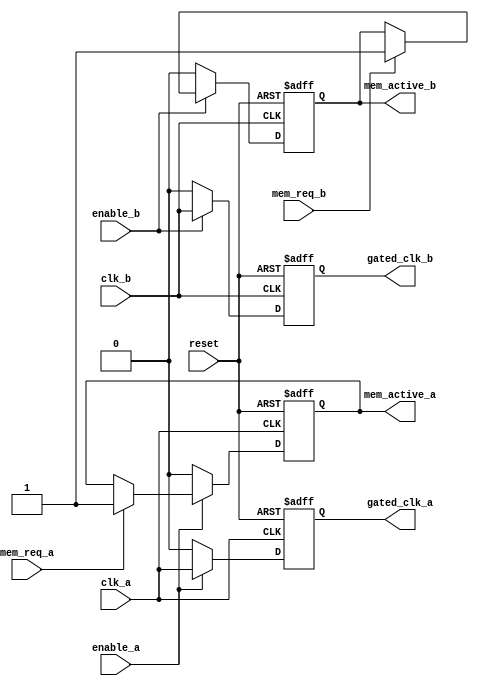
module MemoryBlockClockGating (
    input wire clk_a,           // Clock signal for domain A
    input wire clk_b,           // Clock signal for domain B
    input wire enable_a,        // Enable signal for memory block A
    input wire enable_b,        // Enable signal for memory block B
    input wire reset,           // Reset signal
    input wire mem_req_a,       // Memory request for block A
    input wire mem_req_b,       // Memory request for block B
    output reg mem_active_a,    // Active signal for memory block A
    output reg mem_active_b,    // Active signal for memory block B
    output reg gated_clk_a,     // Gated clock output for memory block A
    output reg gated_clk_b      // Gated clock output for memory block B
);

    // Gating Logic for Clock Domain A
    always @(posedge clk_a or posedge reset) begin
        if (reset) begin
            gated_clk_a <= 1'b0;
            mem_active_a <= 1'b0;
        end else if (enable_a) begin
            gated_clk_a <= clk_a; // Allow propagation of clock when enabled
            if (mem_req_a)
                mem_active_a <= 1'b1; // Mark memory block A as active
        end else begin
            gated_clk_a <= 1'b0; // Disable clock to memory block A
            mem_active_a <= 1'b0; // Mark memory block A as inactive
        end
    end

    // Gating Logic for Clock Domain B
    always @(posedge clk_b or posedge reset) begin
        if (reset) begin
            gated_clk_b <= 1'b0;
            mem_active_b <= 1'b0;
        end else if (enable_b) begin
            gated_clk_b <= clk_b; // Allow propagation of clock when enabled
            if (mem_req_b)
                mem_active_b <= 1'b1; // Mark memory block B as active
        end else begin
            gated_clk_b <= 1'b0; // Disable clock to memory block B
            mem_active_b <= 1'b0; // Mark memory block B as inactive
        end
    end

    // Synchronization Mechanism for control signals across domains (optional)
    reg sync_enable_a;
    reg sync_enable_b;

    always @(posedge clk_a or posedge reset) begin
        if (reset) begin
            sync_enable_a <= 1'b0;
        end else begin
            sync_enable_a <= enable_a; // Synchronize enable signal from domain B
        end
    end

    always @(posedge clk_b or posedge reset) begin
        if (reset) begin
            sync_enable_b <= 1'b0;
        end else begin
            sync_enable_b <= enable_b; // Synchronize enable signal from domain A
        end
    end

endmodule